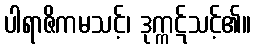
ပါရာဇိကမသင့်၊ ဒုက္ကဋ်သင့်၏။